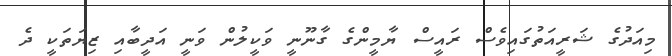
މިއަދުގެ ޝަރީއަތުގައިވެސް ރައީސް ޔާމީންގެ ގާނޫނީ ވަކީލުން ވަނީ އަދީބާއި ޒިޔަތަކީ ދެ